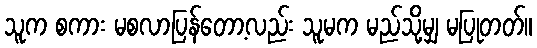
သူက စကား မစလာပြန်တော့လည်း သူမက မည်သို့မျှ မပြုတတ်။